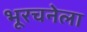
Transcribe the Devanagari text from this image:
भूरचनेला